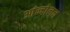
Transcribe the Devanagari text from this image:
आंन्दोलन